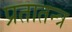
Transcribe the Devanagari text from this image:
प्रतातन्त्र